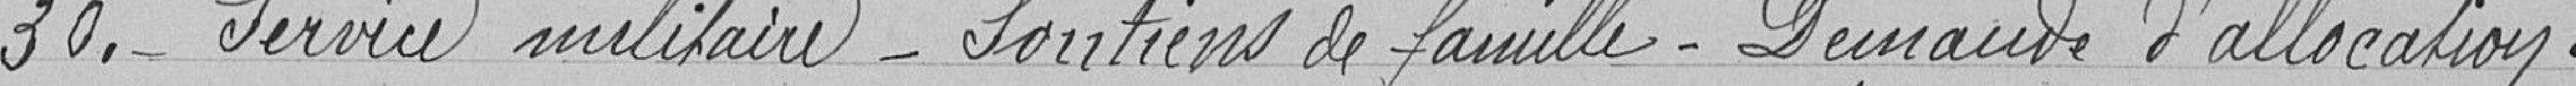
30. Service militaire - Soutiens de famille - Demande d'allocation.